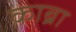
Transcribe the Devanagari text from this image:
काब्रा